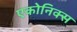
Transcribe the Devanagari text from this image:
एकोनिक्स